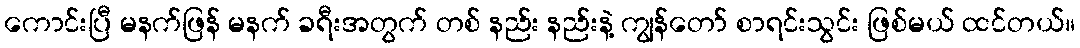
ကောင်းပြီ မနက်ဖြန် မနက် ခရီးအတွက် တစ် နည်း နည်းနဲ့ ကျွန်တော် စာရင်းသွင်း ဖြစ်မယ် ထင်တယ်။